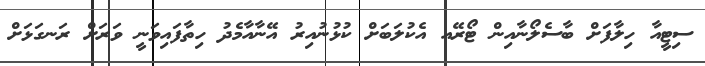
ސިޓީއާ ހިލާފަށް ބާސެލޯނާއިން ޓޯރޭއ އެކުލަބަށް ކުޅުނުއިރު އޭނާއާމެދު ހިތާފައިވަނީ ވަރަށް ރަނގަޅަށް